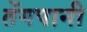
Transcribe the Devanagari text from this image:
तेंगपानी